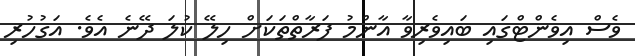
ވެސް އިވެންޓްގައި ބައިވެރިވާ އާންމު ފަރާތްތަކަށް ހިލޭ ކުލަ ދޭނެ އެވެ. އަގުހުރި